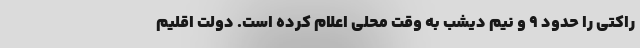
راکتی را حدود 9 و نیم دیشب به وقت محلی اعلام کرده است. دولت اقلیم